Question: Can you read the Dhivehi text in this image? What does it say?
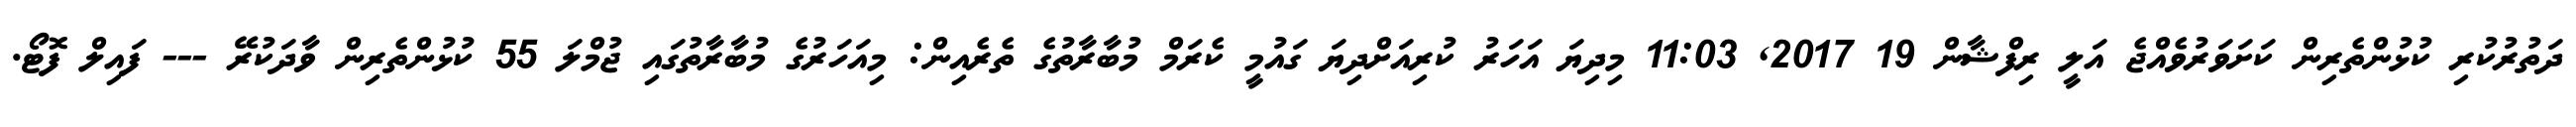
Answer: ދަތުރުކުރި ކުޅުންތެރިން ކަށަވަރުވެއްޖެ އަލީ ރިފްޝާން 19 2017, 11:03 މިދިޔަ އަހަރު ކުރިއަށްދިޔަ ގައުމީ ކެރަމް މުބާރާތުގެ ތެރެއިން: މިއަހަރުގެ މުބާރާތުގައި ޖުމްލަ 55 ކުޅުންތެރިން ވާދަކުރޭ --- ފައިލް ފޮޓޯ.